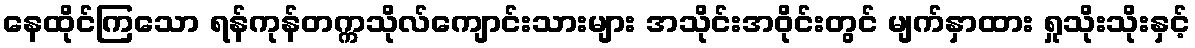
နေထိုင်ကြသော ရန်ကုန်တက္ကသိုလ်ကျောင်းသားများ အသိုင်းအဝိုင်းတွင် မျက်နှာထား ရှုသိုးသိုးနှင့်